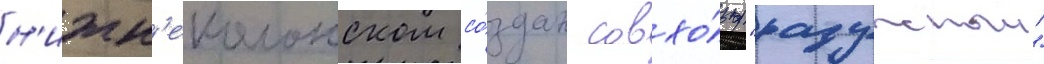
н'ижн'еколонском со́здан совхо́з "радужныи"